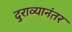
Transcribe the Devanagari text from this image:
दुराव्यानंतर